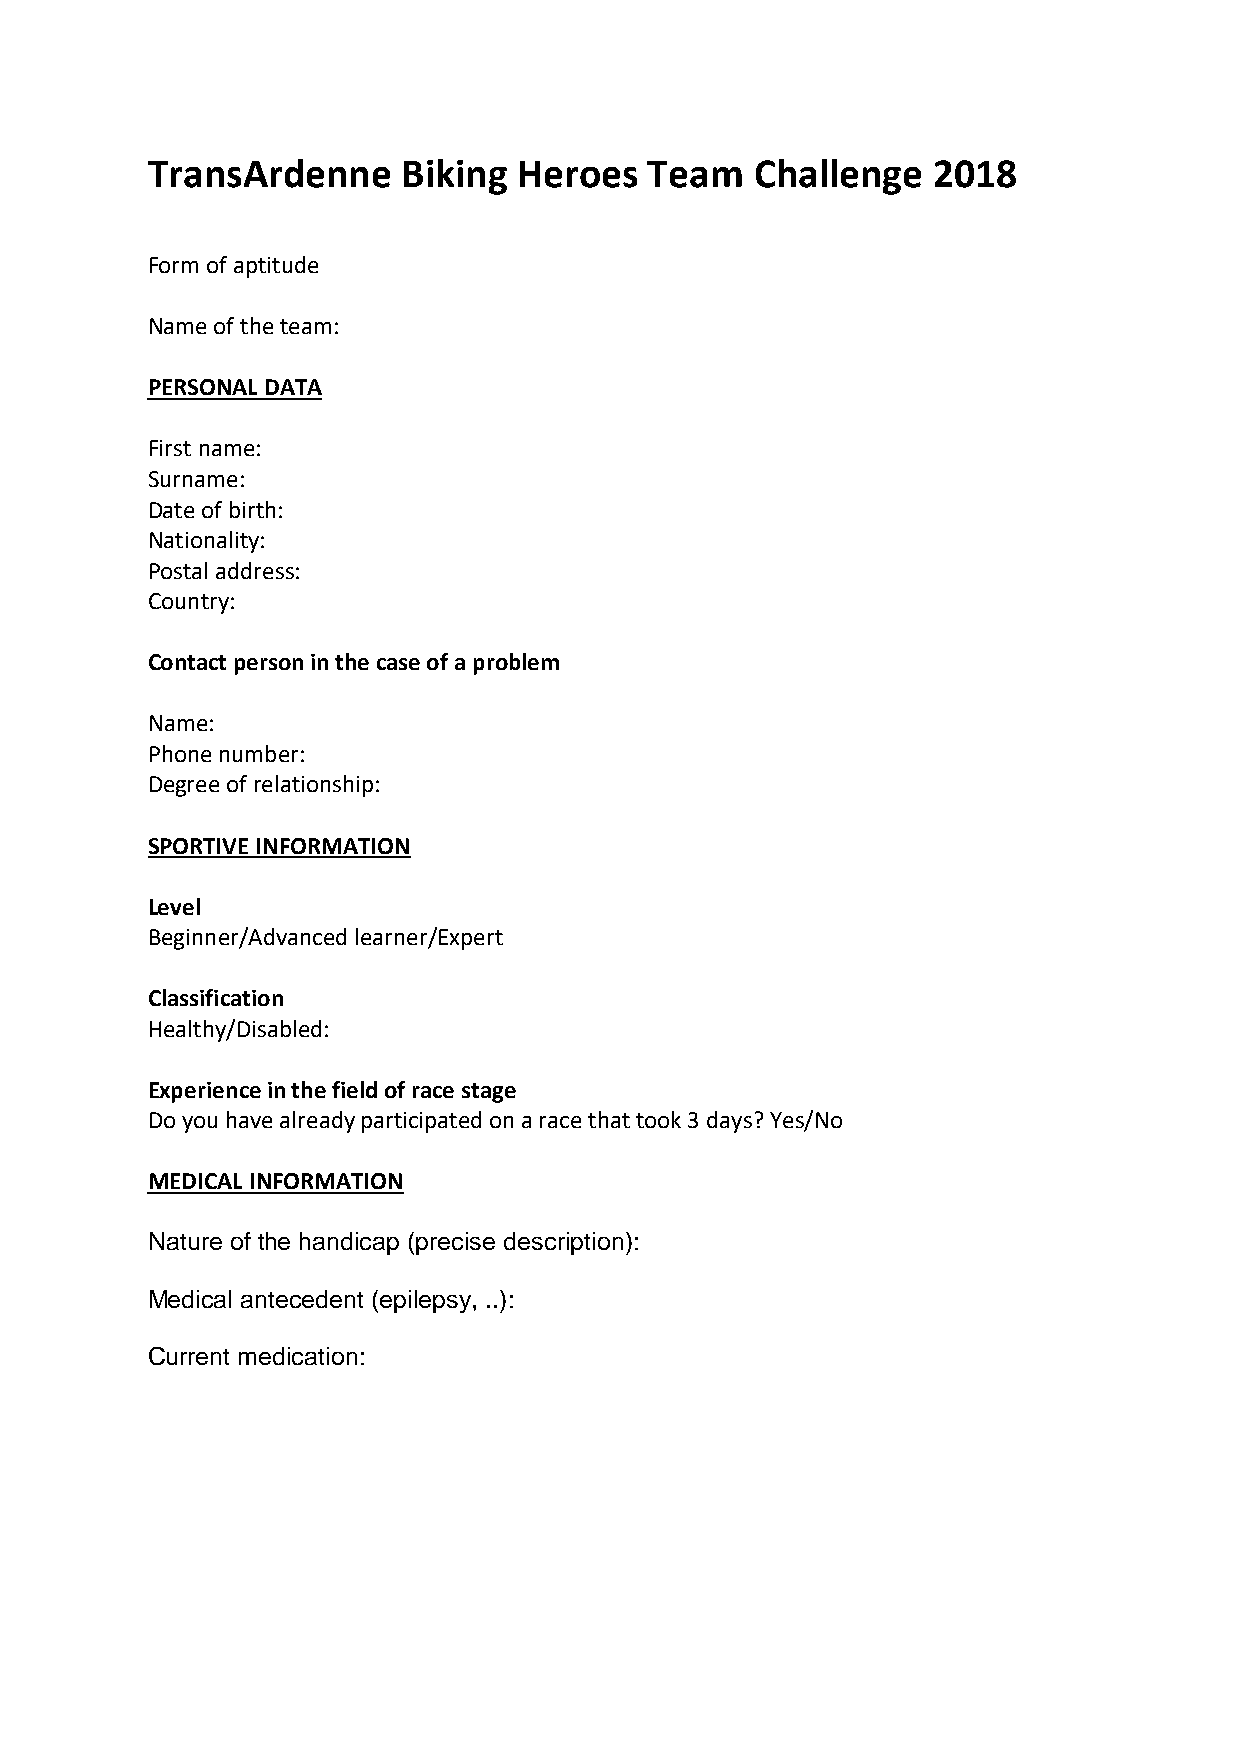
TransArdenne     Biking Heroes   Team   Challenge   2018
 Form of aptitude
 Name of the team:
 PERSONAL DATA
 First name:
 Surname:
 Date of birth:
 Nationality:
 Postal address:
 Country:
 Contact person in the case of a problem
 Name:
 Phone number:
 Degree of relationship:
 SPORTIVE INFORMATION
 Level
 Beginner/Advanced learner/Expert
 Classification
 Healthy/Disabled:
 Experience in the field of race stage
 Do you have already participated on a race that took 3 days? Yes/No
 MEDICAL INFORMATION
 Nature of the handicap (precise description):
 Medical antecedent (epilepsy, ..):
 Current medication: